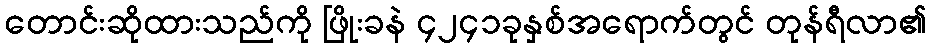
တောင်းဆိုထားသည်ကို ဖြိုးခနဲ ၄၂၄၁ခုနှစ်အရောက်တွင် တုန်ရီလာ၏